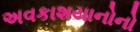
અવકાશયાનોનો